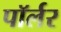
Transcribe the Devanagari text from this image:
पॉर्लर